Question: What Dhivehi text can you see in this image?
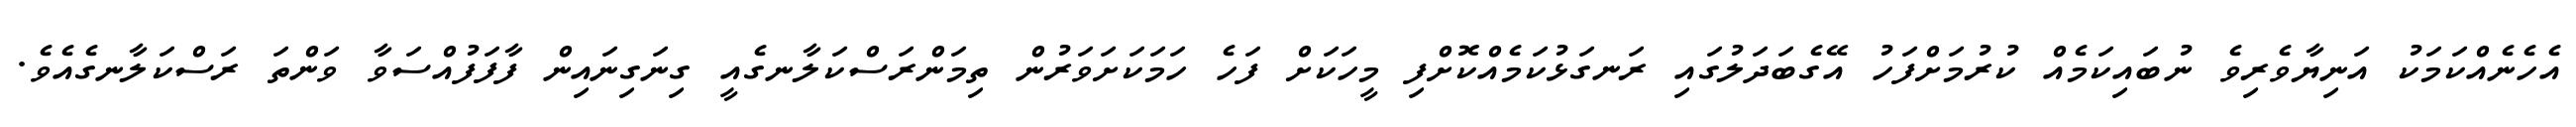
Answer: އެހެނެއްކަމަކު އަނިޔާވެރިވެ ނުބައިކަމެއް ކުރުމަށްފަހު އޭގެބަދަލުގައި ރަނގަޅުކަމެއްކޮށްފި މީހަކަށް ފަހެ ހަމަކަށަވަރުން ތިމަންރަސްކަލާނގެއީ ގިނަގިނައިން ފާފަފުއްސަވާ ވަންތަ ރަސްކަލާނގެއެވެ.